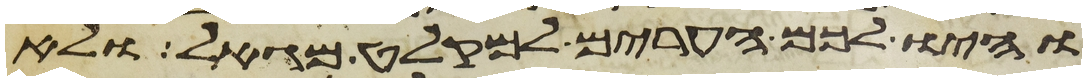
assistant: והיו לכם הערים למקלט מגאל ולא